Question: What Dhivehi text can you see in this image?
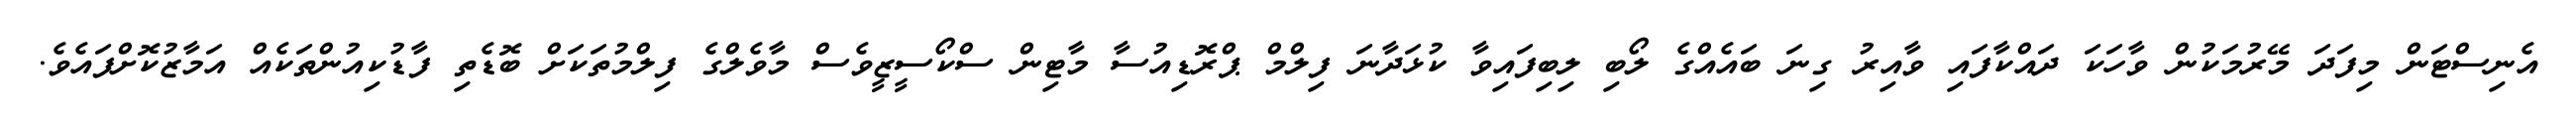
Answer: އެނިސްޓަން މިފަދަ މޭރުމަކުން ވާހަކަ ދައްކާފައި ވާއިރު ގިނަ ބައެއްގެ ލޯބި ލިބިފައިވާ ކުޅަދާނަ ފިލްމް ޕްރޮޑިއުސާ މާޓިން ސްކޯސީޒީވެސް މާވެލްގެ ފިލްމުތަކަށް ބޮޑެތި ފާޑުކިއުންތަކެއް އަމާޒުކޮށްފައެވެ.